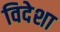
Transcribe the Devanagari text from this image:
विदेशा